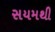
સયમથી